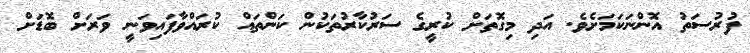
ފުރުސަތު އޮންނަކަމަށެވެ. އަދި މިގޮތަށް ކުރީގެ ސަރުކާރުތަކުން ކަންތައް ކުރައްވާފައިވަނީ ވަރަށް ބޮޑަށް